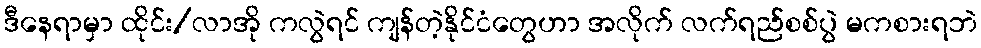
ဒီနေရာမှာ ထိုင်း/လာအို ကလွဲရင် ကျန်တဲ့နိုင်ငံတွေဟာ အလိုက် လက်ရည်စစ်ပွဲ မကစားရဘဲ